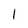
Character: 1